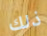
ذلك